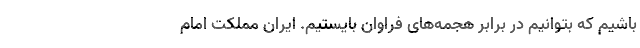
باشیم که بتوانیم در برابر هجمه‌های فراوان بایستیم. ایران مملکت امام